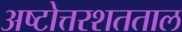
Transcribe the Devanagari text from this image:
अष्टोत्तरशतताल